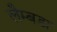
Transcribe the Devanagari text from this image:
लैम्बडा